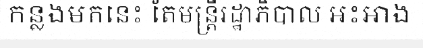
កន្លងមកនេះ តែមន្ត្រីរដ្ឋាភិបាល អះអាង